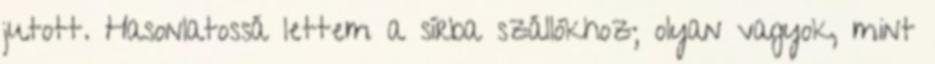
jutott. Hasonlatossá lettem a sírba szállókhoz; olyan vagyok, mint